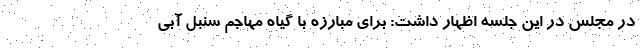
در مجلس در این جلسه اظهار داشت: برای مبارزه با گیاه مهاجم سنبل آبی